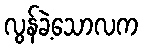
လွန်ခဲ့သောလက